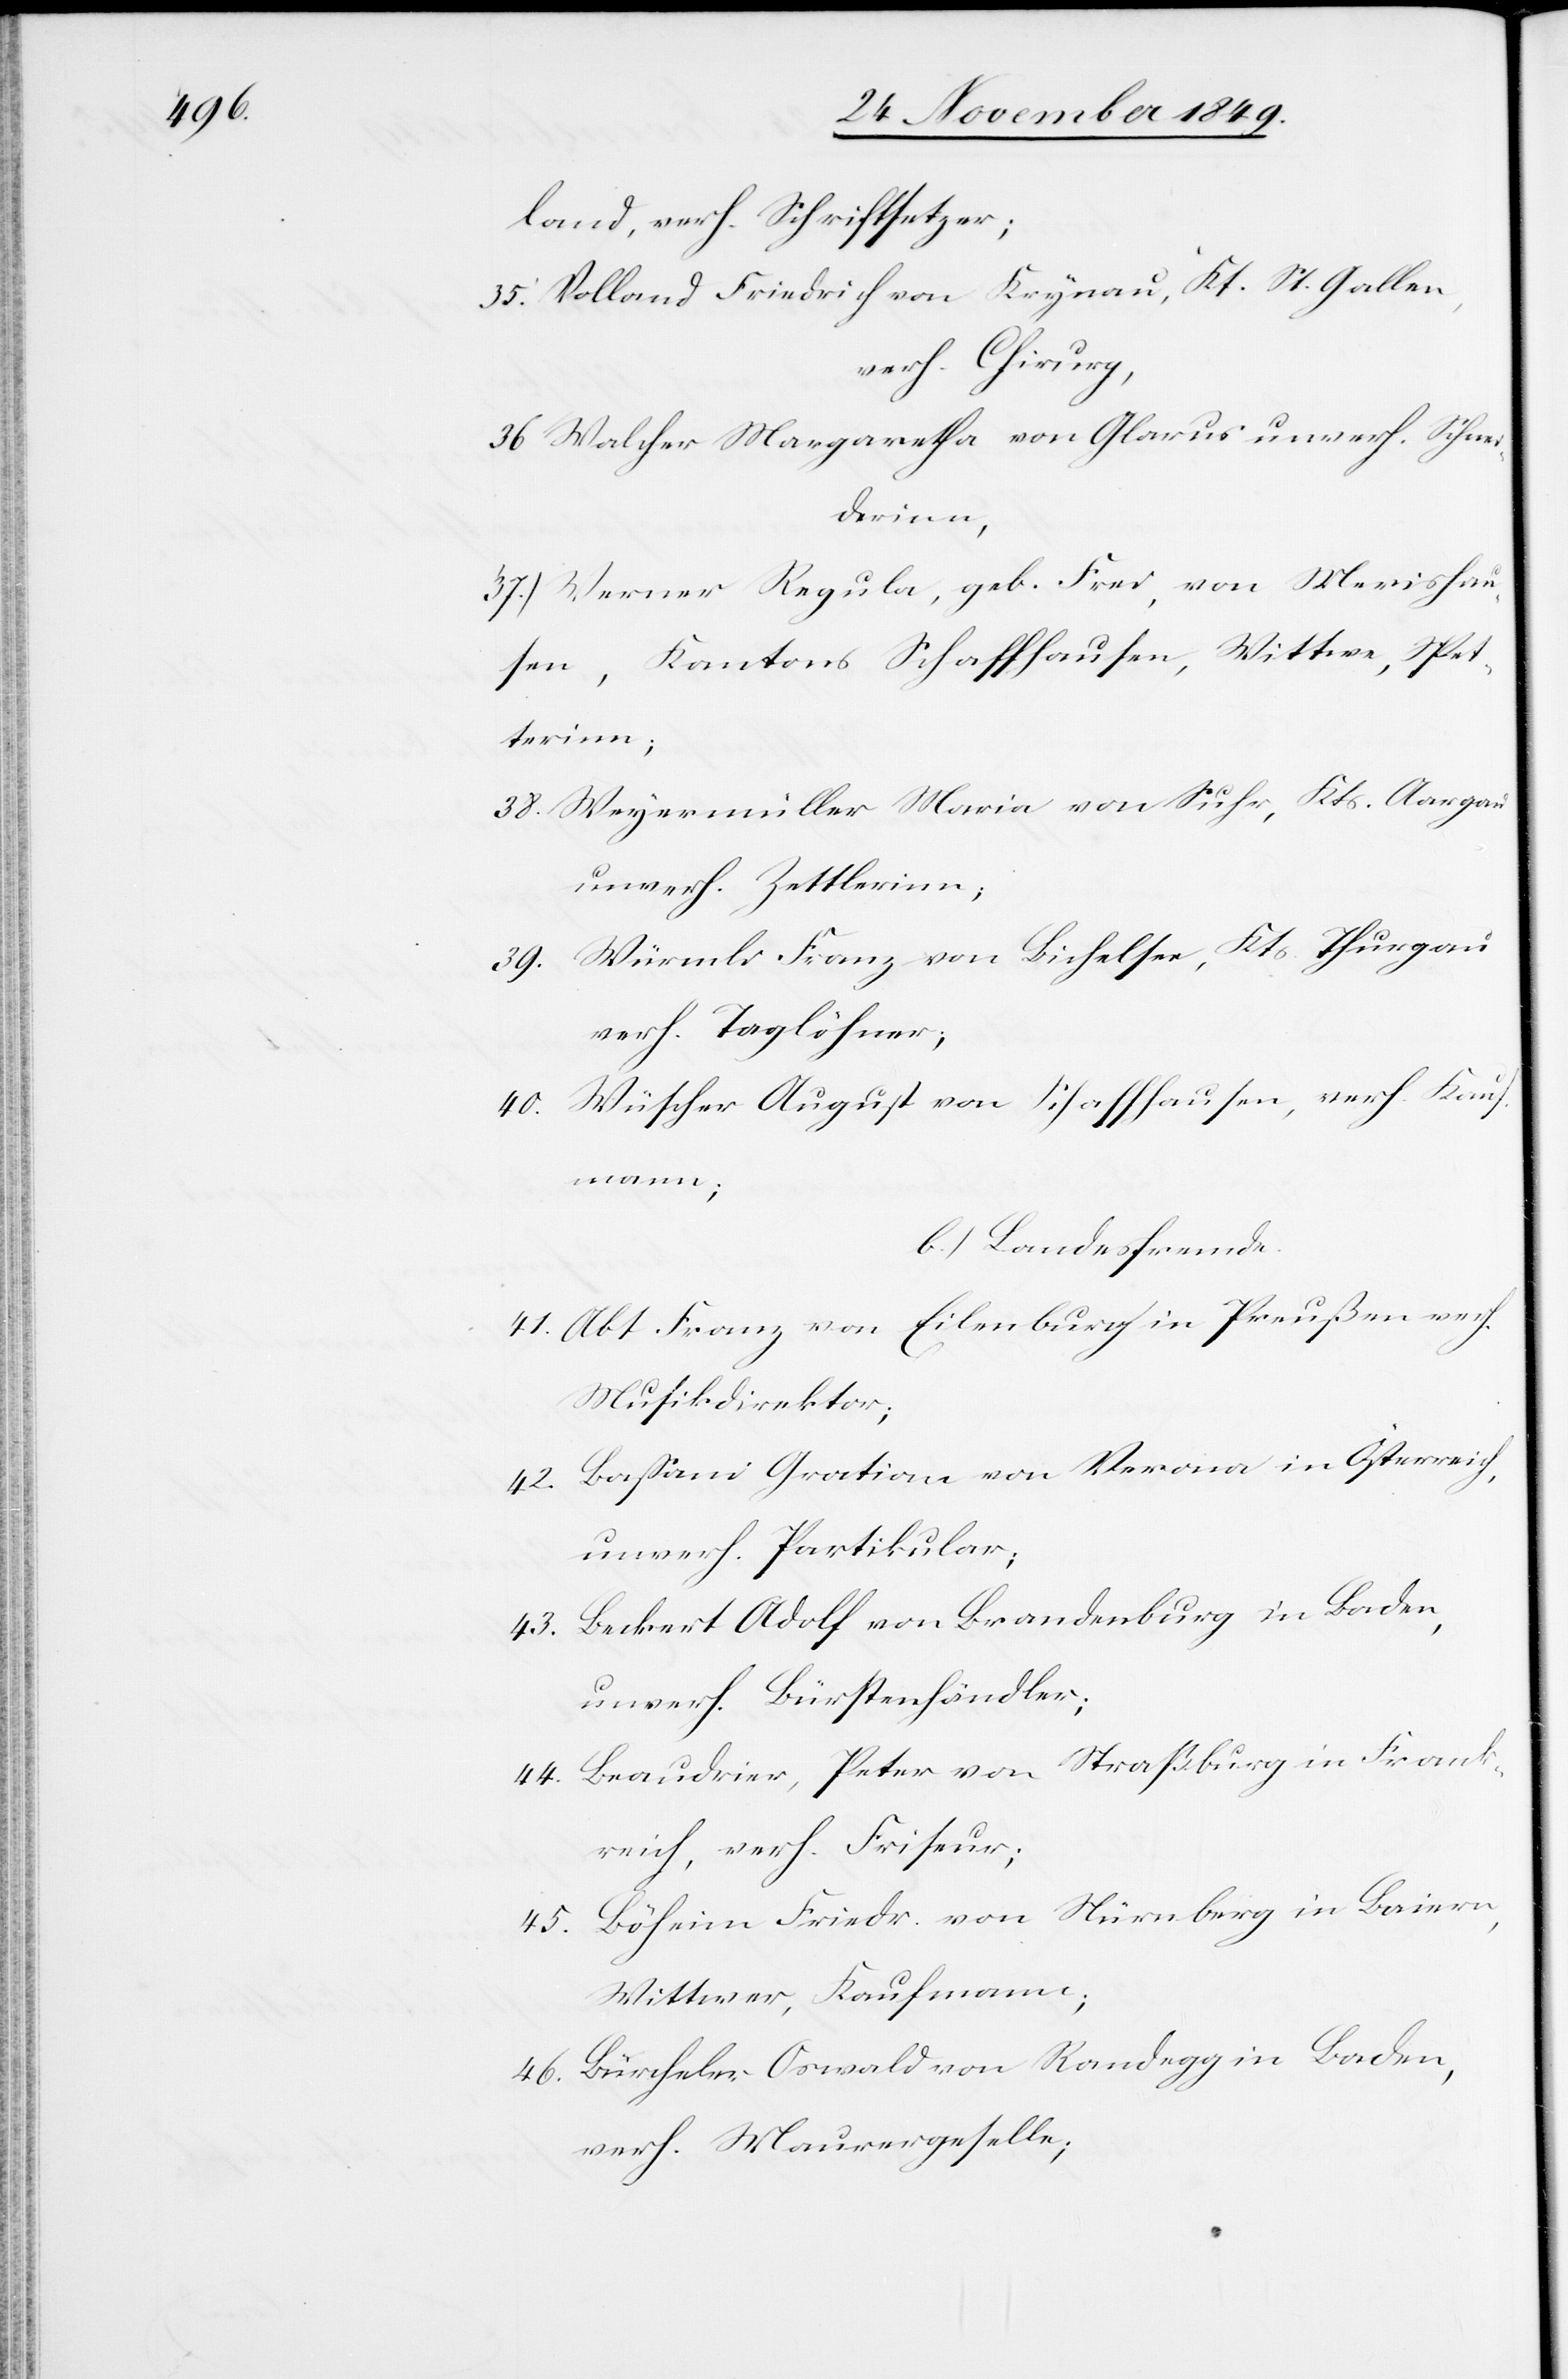
land, verh. Schriftsetzer;
35. Volland Friedrich von Krynau, Kt. St. Gallen,
verh. Chirurg,
36. Walcher Margaretha von Glarus unverh. Schnei¬
derinn,
37.) Werner Regula, geb. Frei, von Merishau¬
sen, Kantons Schaffhausen, Wittwe, Spet¬
terinn;
38. Weyermüller Maria von Suhr, Kts. Aargau
unverh. Zettlerinn;
39. Würmli Franz von Bichelsee, Kts. Thurgau
verh. Taglöhner;
40. Wüscher August von Schaffhausen, verh. Kauf¬
mann.
41. Abt. Franz von Eilenburch in Preußen verh.
Musikdirektor;
42. Baßani Gratian von Verona in Österreich,
unverh. Partikular;
43. Beckert Adolf von Brandenburg in Baden,
unverh. Bürstenhändler;
44. Braudrier, Peter von Straßburg in Frank¬
reich, verh. Friseur;
45. Böheim Friedr. von Nürnberg in Baiern,
Wittwer, Kaufmann;
46. Bürcheler Oswald von Randegg in Baden,
verh. Maurergeselle;